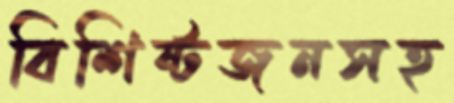
বিশিষ্টজনসহ